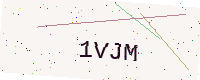
Text: 1VJM